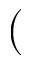
(